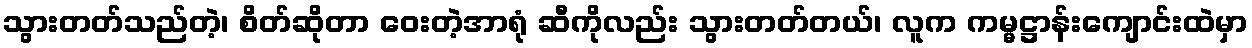
သွားတတ်သည်တဲ့၊ စိတ်ဆိုတာ ဝေးတဲ့အာရုံ ဆီကိုလည်း သွားတတ်တယ်၊ လူက ကမ္မဋ္ဌာန်းကျောင်းထဲမှာ